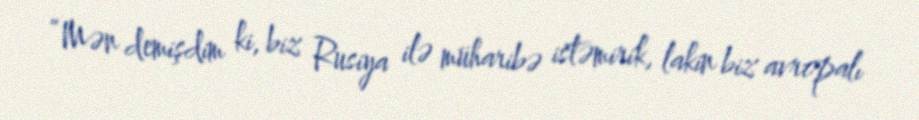
“Mən demişdim ki, biz Rusiya ilə müharibə istəmirik, lakin biz avropalı